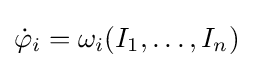
{\dot {\varphi }}_{i}=\omega _{i}(I_{1},\dots ,I_{n})